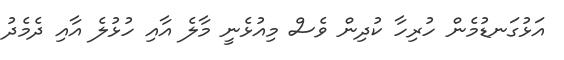
އަޅުގަނޑުމެން ހުރިހާ ކުދިން ވެސް މިއުޅެނީ މާލެ އާއި ހުޅުލެ އާއި ދެމެދު